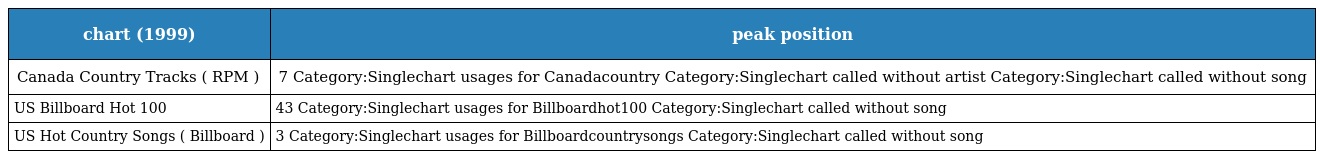
| chart (1999) | peak position |
 | --- | --- |
 | Canada Country Tracks ( RPM ) | 7 Category:Singlechart usages for Canadacountry Category:Singlechart called without artist Category:Singlechart called without song |
 | US Billboard Hot 100 | 43 Category:Singlechart usages for Billboardhot100 Category:Singlechart called without song |
 | US Hot Country Songs ( Billboard ) | 3 Category:Singlechart usages for Billboardcountrysongs Category:Singlechart called without song |